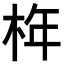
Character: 𣑻